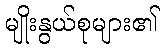
မျိုးနွယ်စုများ၏